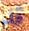
قد